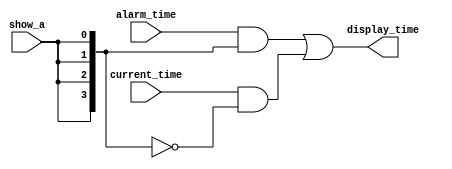
module multiplexer(alarm_time, current_time, show_a, display_time);

input [3:0] alarm_time, current_time;
input show_a;

output [3:0] display_time;

wire [3:0] display_time;
wire [3:0] show_a_vector;

assign show_a_vector = {4{show_a}};
assign display_time = (alarm_time & show_a_vector)|(current_time & ~show_a_vector);

endmodule